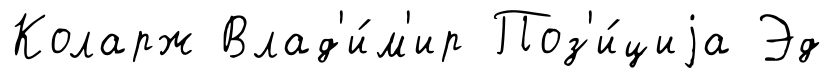
Коларж Влад'и́м'ир Поз'и́циjа Эд